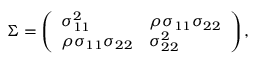
\Sigma = \left( \begin{array} { l l } { \sigma _ { 1 1 } ^ { 2 } } & { \rho \sigma _ { 1 1 } \sigma _ { 2 2 } } \\ { \rho \sigma _ { 1 1 } \sigma _ { 2 2 } } & { \sigma _ { 2 2 } ^ { 2 } } \end{array} \right) ,